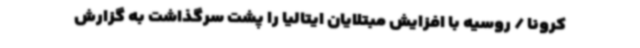
کرونا / روسیه با افزایش مبتلایان ایتالیا را پشت سرگذاشت به گزارش